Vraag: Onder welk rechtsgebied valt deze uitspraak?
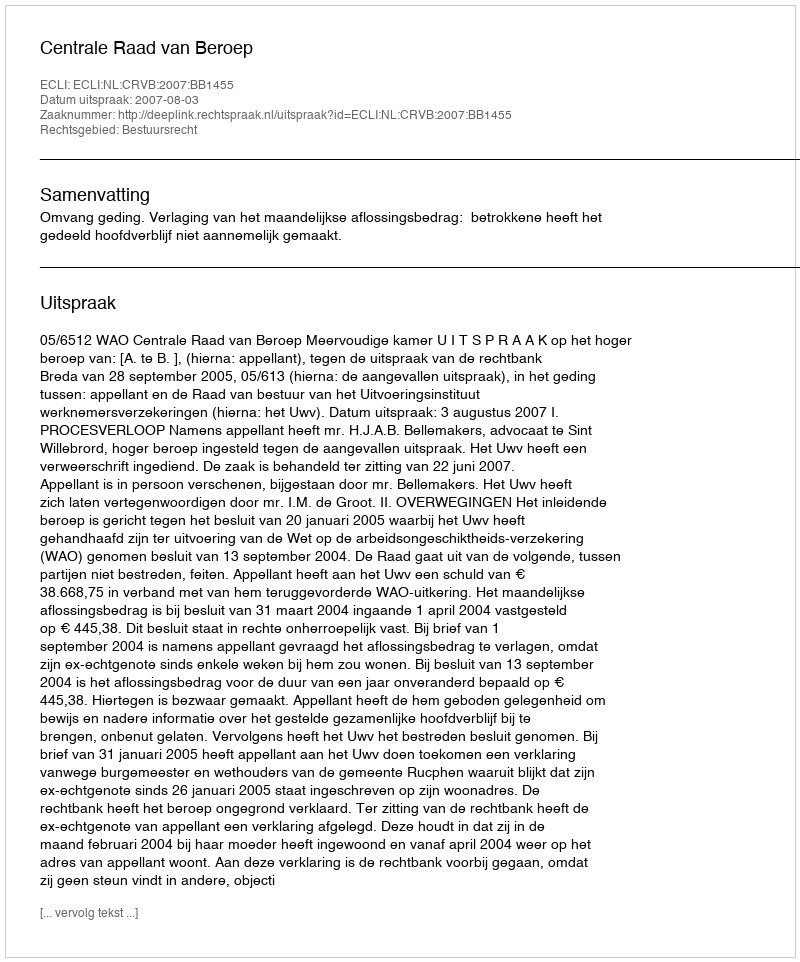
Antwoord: Bestuursrecht